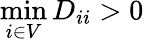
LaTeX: \operatorname*{min}_{i\in V}D_{ii}>0